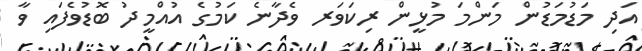
އަދި މަޑުމަޑުން މަންމަ މުޅީން ރިކަވަރ ވެދާނެ ކަމުގެ އުއްމީދު ބޮޑުވެފައި ވާ